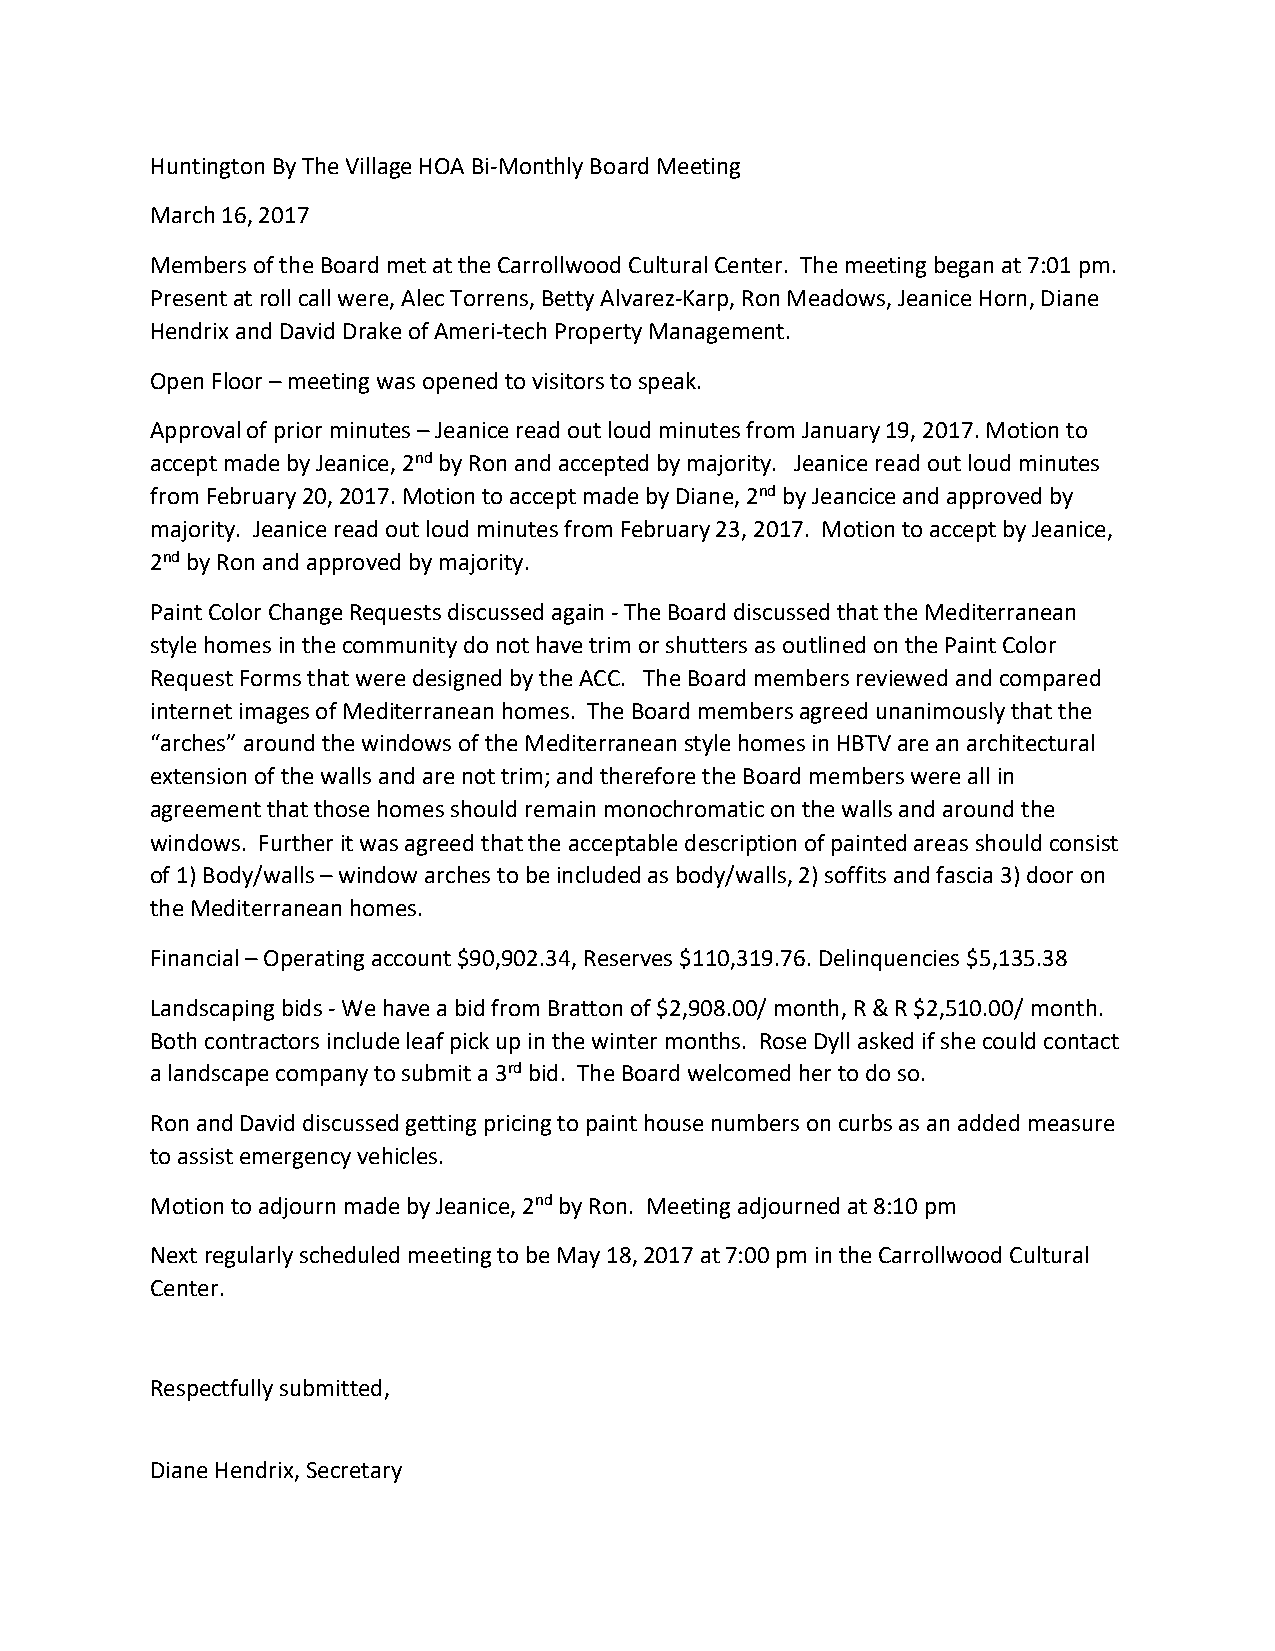
Huntington By The Village HOA Bi-Monthly Board Meeting
 March 16, 2017
 Members of the Board met at the Carrollwood Cultural Center. The meeting began at 7:01 pm.
 Present at roll call were, Alec Torrens, Betty Alvarez-Karp, Ron Meadows, Jeanice Horn, Diane
 Hendrix and David Drake of Ameri-tech Property Management.
 Open Floor – meeting was opened to visitors to speak.
 Approval of prior minutes – Jeanice read out loud minutes from January 19, 2017. Motion to
 accept made by Jeanice, 2nd by Ron and accepted by majority. Jeanice read out loud minutes
 from February 20, 2017. Motion to accept made by Diane, 2nd by Jeancice and approved by
 majority. Jeanice read out loud minutes from February 23, 2017. Motion to accept by Jeanice,
 2nd by Ron and approved by majority.
 Paint Color Change Requests discussed again - The Board discussed that the Mediterranean
 style homes in the community do not have trim or shutters as outlined on the Paint Color
 Request Forms that were designed by the ACC. The Board members reviewed and compared
 internet images of Mediterranean homes. The Board members agreed unanimously that the
 “arches” around the windows of the Mediterranean style homes in HBTV are an architectural
 extension of the walls and are not trim; and therefore the Board members were all in
 agreement that those homes should remain monochromatic on the walls and around the
 windows. Further it was agreed that the acceptable description of painted areas should consist
 of 1) Body/walls – window arches to be included as body/walls, 2) soffits and fascia 3) door on
 the Mediterranean homes.
 Financial – Operating account $90,902.34, Reserves $110,319.76. Delinquencies $5,135.38
 Landscaping bids - We have a bid from Bratton of $2,908.00/ month, R & R $2,510.00/ month.
 Both contractors include leaf pick up in the winter months. Rose Dyll asked if she could contact
 a landscape company to submit a 3rd bid. The Board welcomed her to do so.
 Ron and David discussed getting pricing to paint house numbers on curbs as an added measure
 to assist emergency vehicles.
 Motion to adjourn made by Jeanice, 2nd by Ron. Meeting adjourned at 8:10 pm
 Next regularly scheduled meeting to be May 18, 2017 at 7:00 pm in the Carrollwood Cultural
 Center.
 Respectfully submitted,
 Diane Hendrix, Secretary